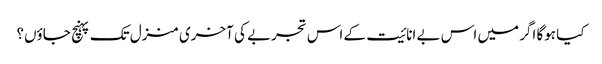
کیا ہوگا اگر میں اس بے انائیت کے اس تجربے کی آخری منزل تک پہنچ جاؤں؟